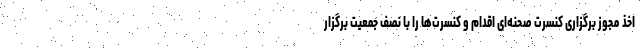
اخذ مجوز برگزاری کنسرت صحنه‌ای اقدام و کنسرت‌ها را با نصف جمعیت برگزار